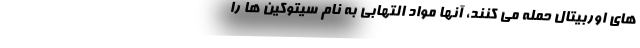
های اوربیتال حمله می کنند، آنها مواد التهابی به نام سیتوکین ها را